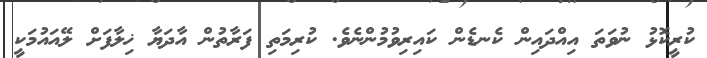
ކުރީކޮޅު ނުވަތަ އިއްދައިން ކެނޑެން ކައިރިވުމުންނެވެ. ކުރިމަތި ފަރާތުން އާދަޔާ ޚިލާފަށް ލޭއައުމަކީ